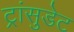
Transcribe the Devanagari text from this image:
ट्रांसुडेट